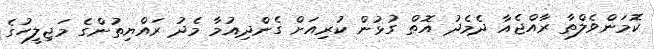
ކޮމަންވެލްތާ ރާއްޖެއާ ދެމެދު އޮތް ގުޅުން ކުރިއަށް ގެންދިއުމާ މެދު ރައްޔިތުންގެ މަޖިލީހުގެ